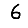
Digit: 6